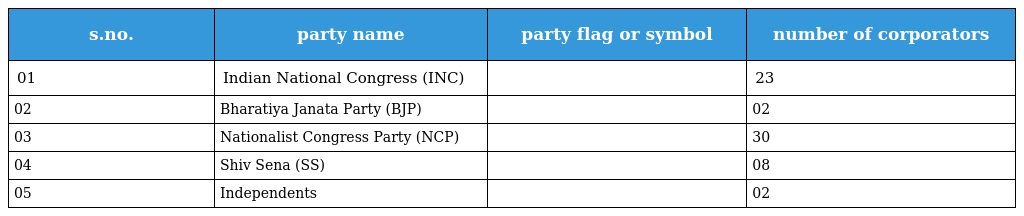
| s.no. | party name | party flag or symbol | number of corporators |
 | --- | --- | --- | --- |
 | 01 | Indian National Congress (INC) |  | 23 |
 | 02 | Bharatiya Janata Party (BJP) |  | 02 |
 | 03 | Nationalist Congress Party (NCP) |  | 30 |
 | 04 | Shiv Sena (SS) |  | 08 |
 | 05 | Independents |  | 02 |